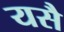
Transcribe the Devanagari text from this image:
यसै